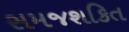
સમજશકિત